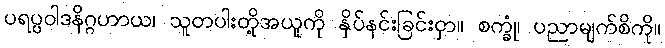
ပရပ္ပဝါဒနိဂ္ဂဟာယ၊ သူတပါးတို့အယူကို နှိပ်နင်းခြင်းငှာ။ စက္ခုံ၊ ပညာမျက်စိကို။